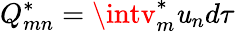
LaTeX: Q_{mn}^{*}=\intv_{m}^{*}\mathit{u}_{n}d\tau